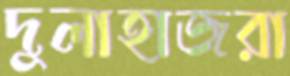
দুলাহাজরা